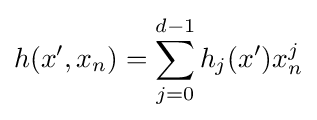
h(x',x_{n})=\sum _{j=0}^{d-1}h_{j}(x')x_{n}^{j}